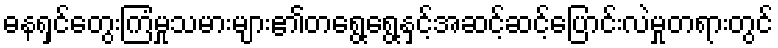
ဓနရှင်တွေးကြံမှုသမားများ၏တရွေ့ရွေ့နှင့်အဆင့်ဆင့်ပြောင်းလဲမှုတရားတွင်